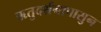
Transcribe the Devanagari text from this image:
ऋतुदर्शनापासुन